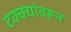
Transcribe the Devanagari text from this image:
टक्‍क्‍यांवरून